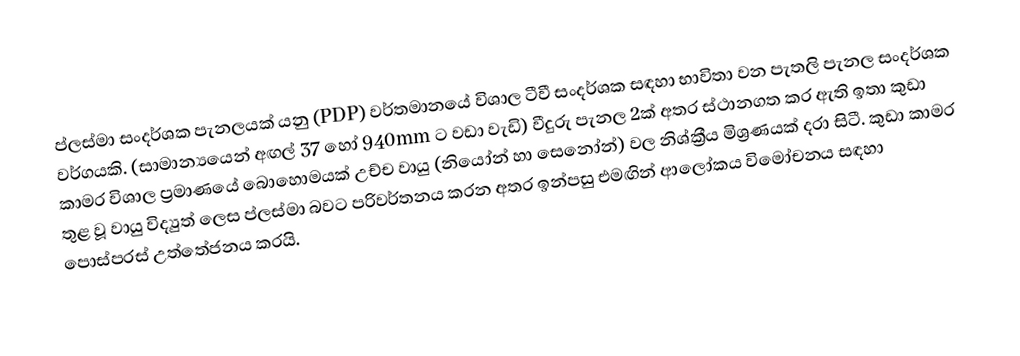
ප්ලස්මා සංදර්ශක පැනලයක් යනු (PDP) වර්තමානයේ විශාල ටීවී සංදර්ශක සඳහා භාවිතා වන පැතලි පැනල සංදර්ශක වර්ගයකි. (සාමාන්‍යයෙන් අඟල් 37 හෝ 940mm ට වඩා වැඩි) වීදුරු පැනල 2ක් අතර ස්ථානගත කර ඇති ඉතා කුඩා කාමර විශාල ප්‍රමාණයේ බොහොමයක් උච්ච වායු (නියෝන් හා සෙනෝන්) වල නිශ්ක්‍රීය මිශ්‍රණයක් දරා සිටී. කුඩා කාමර තුළ වූ වායු විද්‍යුත් ලෙස ප්ලස්මා බවට පරිවර්තනය කරන අතර ඉන්පසු එමඟින් ආලෝකය විමෝචනය සඳහා පොස්පරස් උත්තේජනය කරයි.